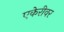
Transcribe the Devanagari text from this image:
एकेरीवर